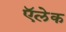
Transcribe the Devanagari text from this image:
ऍलेक